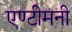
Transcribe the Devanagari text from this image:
एण्टीमनी